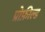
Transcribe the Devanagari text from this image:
प्रोफ़ील्ड